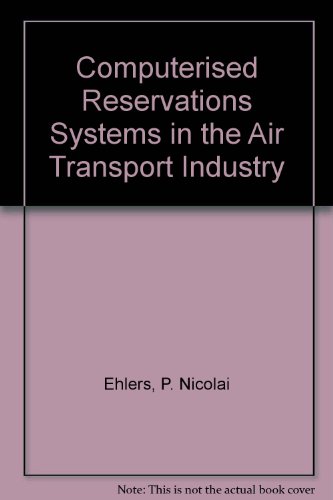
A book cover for Computerised Reservations Systems in the Air Transport Industry; P. Ehlers; Law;